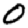
Digit: 0